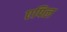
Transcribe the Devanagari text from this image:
एपिल